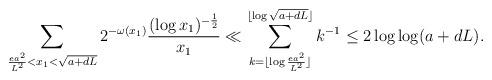
LaTeX: \begin{align*} \sum_{\frac{ea^2}{L^2} < x_1 < \sqrt{a+dL}}2^{-\omega(x_1)}\frac{(\log x_1)^{-\frac12}}{x_1} \ll \sum_{k=\lfloor\log\frac{ea^2}{L^2}\rfloor}^{\lfloor\log\sqrt{a+dL}\rfloor}k^{-1} \leq 2 \log\log(a+dL) . \end{align*}